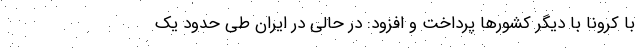
با کرونا با دیگر کشورها پرداخت و افزود: در حالی در ایران طی حدود یک